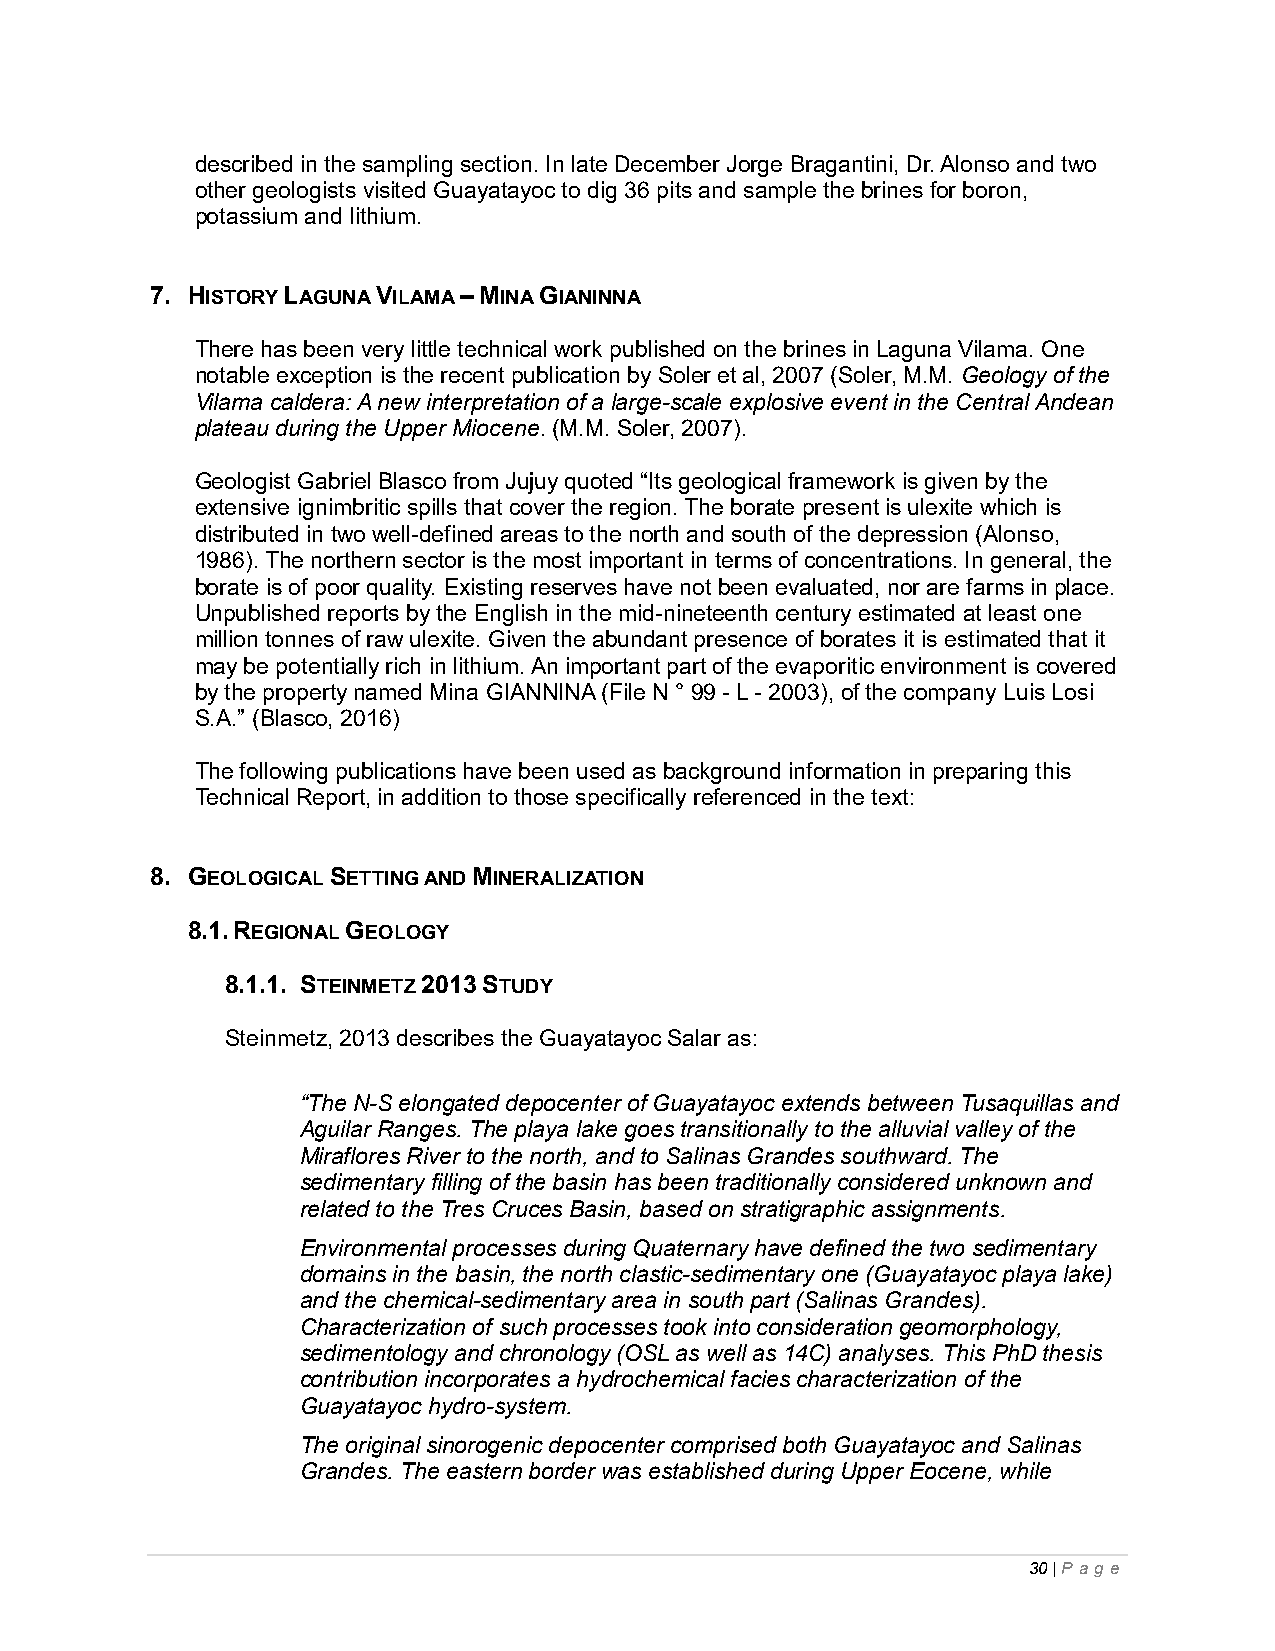
described in the sampling section. In late December Jorge Bragantini, Dr. Alonso and two
 other geologists visited Guayatayoc to dig 36 pits and sample the brines for boron,
 potassium and lithium.
 7. HISTORY LAGUNA VILAMA – MINA GIANINNA
 There has been very little technical work published on the brines in Laguna Vilama. One
 notable exception is the recent publication by Soler et al, 2007 (Soler, M.M. Geology of the
 Vilama caldera: A new interpretation of a large-scale explosive event in the Central Andean
 plateau during the Upper Miocene. (M.M. Soler, 2007).
 Geologist Gabriel Blasco from Jujuy quoted “Its geological framework is given by the
 extensive ignimbritic spills that cover the region. The borate present is ulexite which is
 distributed in two well-defined areas to the north and south of the depression (Alonso,
 1986). The northern sector is the most important in terms of concentrations. In general, the
 borate is of poor quality. Existing reserves have not been evaluated, nor are farms in place.
 Unpublished reports by the English in the mid-nineteenth century estimated at least one
 million tonnes of raw ulexite. Given the abundant presence of borates it is estimated that it
 may be potentially rich in lithium. An important part of the evaporitic environment is covered
 by the property named Mina GIANNINA (File N ° 99 - L - 2003), of the company Luis Losi
 S.A.” (Blasco, 2016)
 The following publications have been used as background information in preparing this
 Technical Report, in addition to those specifically referenced in the text:
 8. GEOLOGICAL SETTING AND MINERALIZATION
 8.1. REGIONAL GEOLOGY
 8.1.1. STEINMETZ 2013 STUDY
 Steinmetz, 2013 describes the Guayatayoc Salar as:
 “The N-S elongated depocenter of Guayatayoc extends between Tusaquillas and
 Aguilar Ranges. The playa lake goes transitionally to the alluvial valley of the
 Miraflores River to the north, and to Salinas Grandes southward. The
 sedimentary filling of the basin has been traditionally considered unknown and
 related to the Tres Cruces Basin, based on stratigraphic assignments.
 Environmental processes during Quaternary have defined the two sedimentary
 domains in the basin, the north clastic-sedimentary one (Guayatayoc playa lake)
 and the chemical-sedimentary area in south part (Salinas Grandes).
 Characterization of such processes took into consideration geomorphology,
 sedimentology and chronology (OSL as well as 14C) analyses. This PhD thesis
 contribution incorporates a hydrochemical facies characterization of the
 Guayatayoc hydro-system.
 The original sinorogenic depocenter comprised both Guayatayoc and Salinas
 Grandes. The eastern border was established during Upper Eocene, while
 30 | P ag e